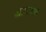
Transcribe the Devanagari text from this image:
अद्यापक